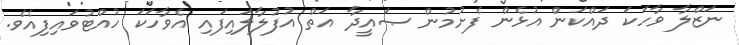
ނަޒްލާ ވާހަކަ ދައްކަން އުޅެން ފެށުމުން ޞައީދާ އަތް އުފުލާލައިފައި އެވާހަކަ ހުއްޓުވައިފިއެވެ.